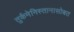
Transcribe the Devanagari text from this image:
तुर्कमेनिस्तानासोबत